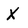
Character: X